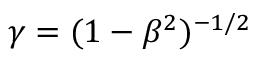
\gamma = ( 1 - \beta ^ { 2 } ) ^ { - 1 / 2 }